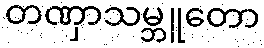
တဏှာသမ္ဘူတော